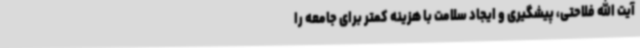
آیت الله فلاحتی، پیشگیری و ایجاد سلامت با هزینه کمتر برای جامعه را